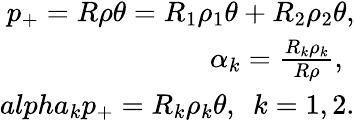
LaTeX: \begin{array}{r}{p_{+}=R\rho\theta=R_{1}\rho_{1}\theta+R_{2}\rho_{2}\theta,}\\ {\alpha_{k}=\frac{R_{k}\rho_{k}}{R\rho},\ }\\ {alpha_{k}p_{+}=R_{k}\rho_{k}\theta,\ \ k=1,2.}\end{array}